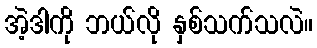
အဲ့ဒါကို ဘယ်လို နှစ်သက်သလဲ။